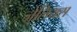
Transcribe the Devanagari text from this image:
जेलियस